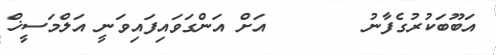
އަބޫބަކުރުގެފާނު       އަށް އަންގަވައިފައިވަނީ އަލްމަސީޚް